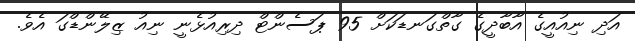
އަދި ނިއުއީގެ އާބާދީގެ ގާތްގަނޑަކަށް 95 ޕަސެންޓް ދިރިއުޅެނީ ނިއު ޒިލޭންޑްގަ އެވެ.